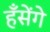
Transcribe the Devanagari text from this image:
हँसेंगे